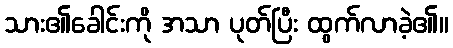
သား၏ခေါင်းကို အသာ ပုတ်ပြီး ထွက်လာခဲ့၏။